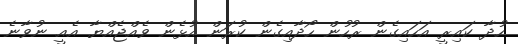
ހުދާ ކައިރީ އަހައިގެން ރުހުން ހޯދާއިގެން ކުރަން އުޅެން ވެއްޖެއްޔާ އެއީ ނުވާނެ